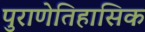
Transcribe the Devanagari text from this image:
पुराणेतिहासिक